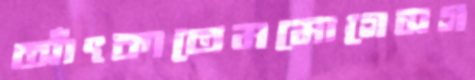
আঁৎকাতেমমোগেসগ